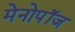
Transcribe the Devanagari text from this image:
मेनोपॉज